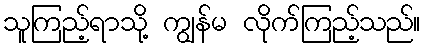
သူကြည့်ရာသို့ ကျွန်မ လိုက်ကြည့်သည်။